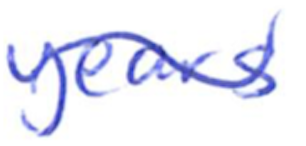
Text: years
Cross-out: wave
Writing tool: ballpoint